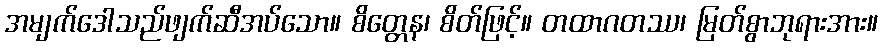
အမျက်ဒေါသည်ဖျက်ဆီအပ်သော။ စိတ္တေန၊ စိတ်ဖြင့်။ တထာဂတဿ၊ မြတ်စွာဘုရားအား။